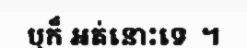
ឬក៏ អត់នោះទេ  ។